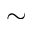
\sim